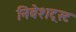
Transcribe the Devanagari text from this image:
निवेशट्रस्ट